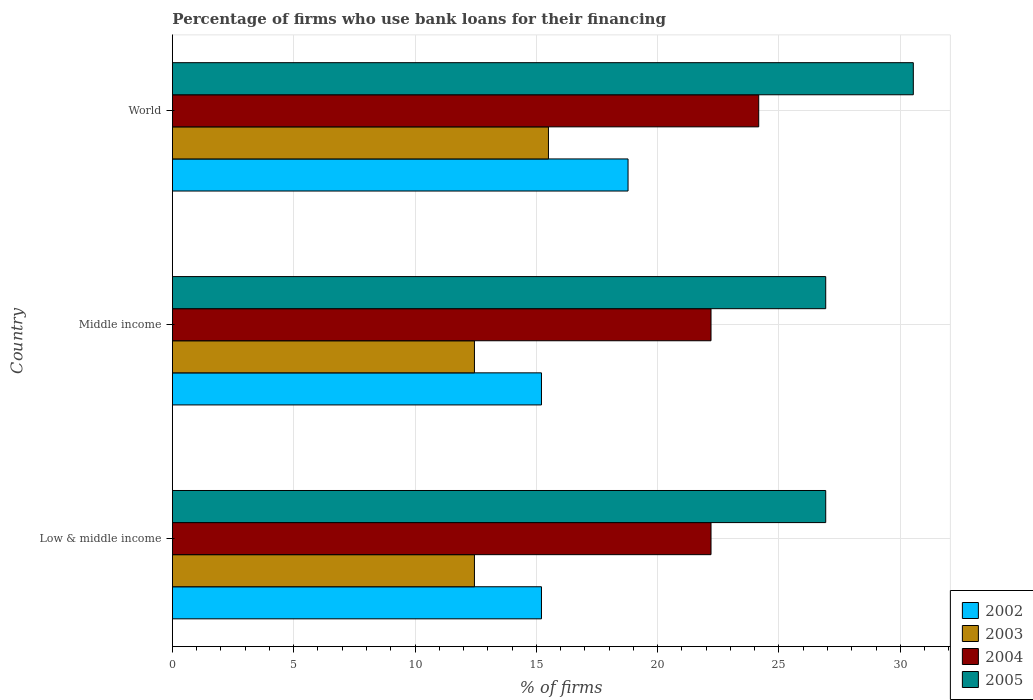
| Country | 2002 | 2003 | 2004 | 2005 |
 | --- | --- | --- | --- | --- |
 | Low & middle income | 15.2 | 12.4 | 22.2 | 26.9 |
 | Middle income | 15.2 | 12.4 | 22.2 | 26.9 |
 | World | 18.8 | 15.5 | 24.2 | 30.5 |